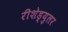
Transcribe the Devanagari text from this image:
रीशेड्युलर